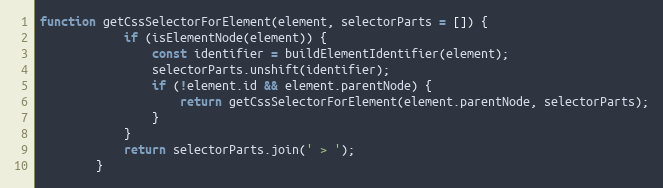
Language: JavaScript
function getCssSelectorForElement(element, selectorParts = []) {
			if (isElementNode(element)) {
				const identifier = buildElementIdentifier(element);
				selectorParts.unshift(identifier);
				if (!element.id && element.parentNode) {
					return getCssSelectorForElement(element.parentNode, selectorParts);
				}
			}
			return selectorParts.join(' > ');
		}